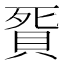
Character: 𧵲